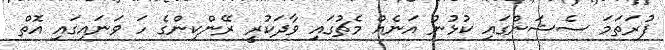
ފުރަތަމަ ސެޝަންގައި ކުޅުުނު އަނެއް މެޗުގައި ވާދަކުރީ ރޭންކިންގެ ހަ ވަނައިގައި އޮތް